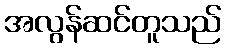
အလွန်ဆင်တူသည်